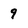
Character: 9